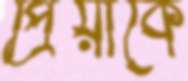
প্রিয়াকে